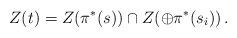
LaTeX: \begin{align*}Z(t)=Z(\pi^*(s))\cap Z(\oplus \pi^*(s_i))\,.\end{align*}